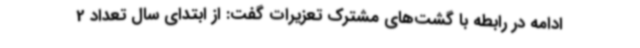
ادامه در رابطه با گشت‌های مشترک تعزیرات گفت: از ابتدای سال تعداد 2